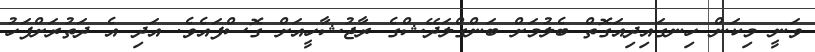
ވަނީ މިކަން ހިނގައިދިއަގޮތް ބެލުމަށް ބަންގްލަދޭޝްގެ ރާޖުޝާހީއަށް ގޮސްފައެވެ. އަދި އެ ދަތުރަށްފަހު